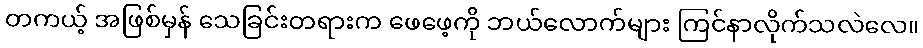
တကယ့် အဖြစ်မှန် သေခြင်းတရားက ဖေဖေ့ကို ဘယ်လောက်များ ကြင်နာလိုက်သလဲလေ။